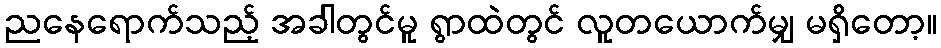
ညနေရောက်သည့် အခါတွင်မူ ရွာထဲတွင် လူတယောက်မျှ မရှိတော့။